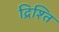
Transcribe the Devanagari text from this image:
द्रिश्ति